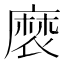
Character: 𮮉